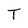
Character: T